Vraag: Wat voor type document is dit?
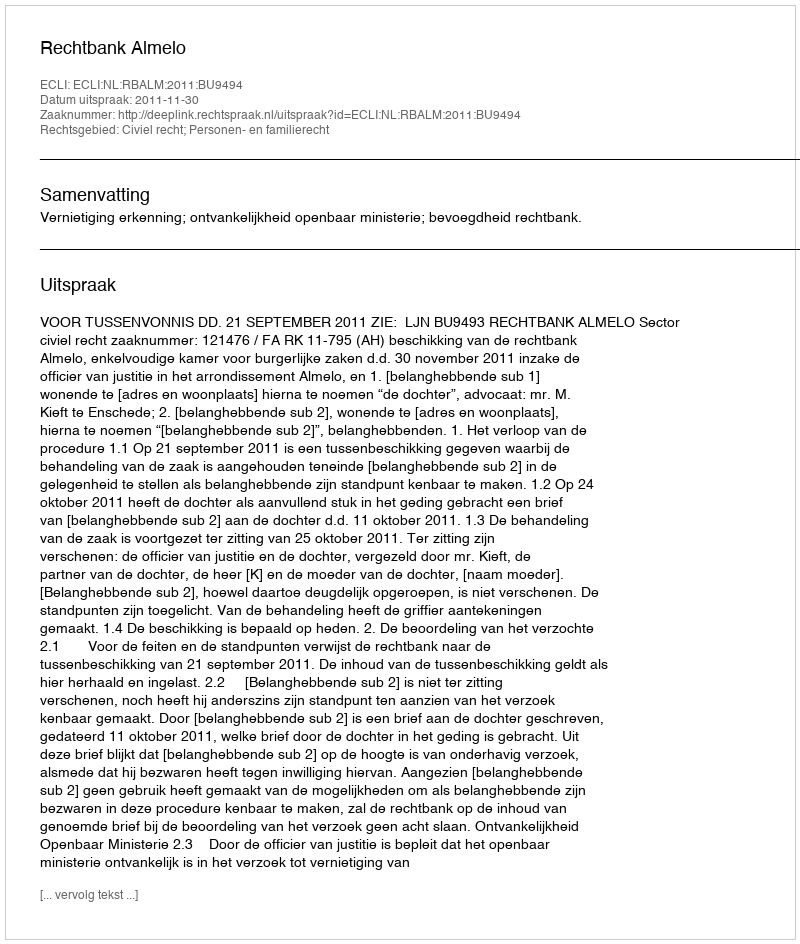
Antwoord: Uitspraak